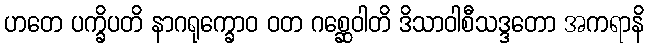
ဟတေ ပက္ခိပတိ နာဂရုက္ခောဝ ဝတ ဂစ္ဆေဝါတိ ဒိသာဝါစီသဒ္ဒတော အကရာနိ